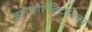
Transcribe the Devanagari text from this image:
ज्ञानकोशब्रिटानिका